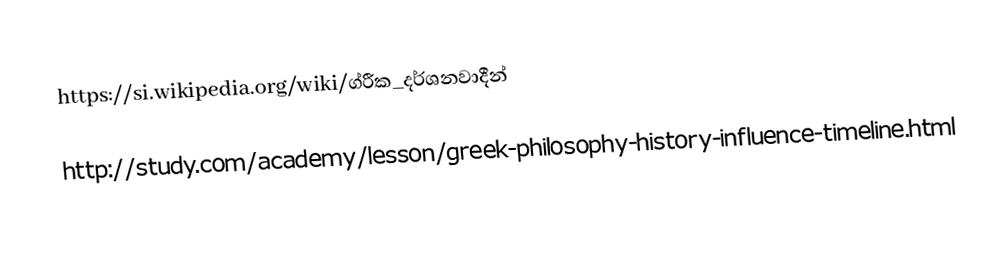
https://si.wikipedia.org/wiki/ග්රීක_දර්ශනවාදීන්

http://study.com/academy/lesson/greek-philosophy-history-influence-timeline.html